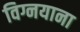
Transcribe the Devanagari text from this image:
विग्नयाना